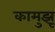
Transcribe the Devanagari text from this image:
कामुझू